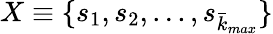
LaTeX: X\equiv\{ s_{1},s_{2},...,s_{\bar{k}_{max}}\}